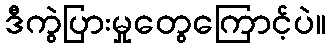
ဒီကွဲပြားမှုတွေကြောင့်ပဲ။